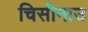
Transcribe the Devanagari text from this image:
चिसीनाउ